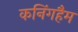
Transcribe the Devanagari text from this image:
कनिंगहैम